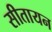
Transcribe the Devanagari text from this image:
सीतायन